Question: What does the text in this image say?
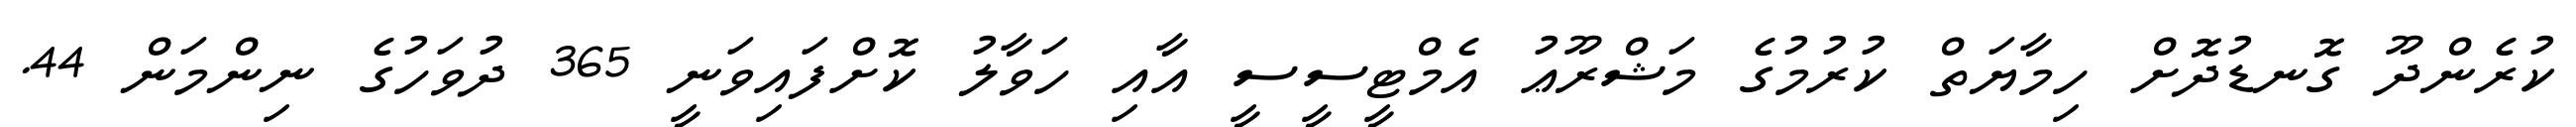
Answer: ކުރެންދޫ ގޮނޑުދޮށް ހިމާޔަތް ކުރުމުގެ މަޝްރޫޢު އެމްޓީސީސީ އާއި ހަވާލު ކޮށްފައިވަނީ 365 ދުވަހުގެ ނިންމަން 44.